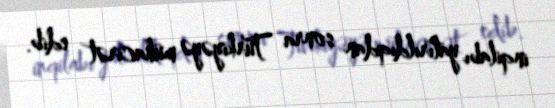
inqilabı yatırıldıqdan sonra Türkiyəyə mühacirət edib.